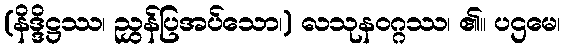
(နိဒ္ဒိဋ္ဌဿ၊ ညွှန်ပြအပ်သော၊) လသုနဝဂ္ဂဿ၊ ၏။ ပဌမေ၊